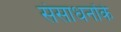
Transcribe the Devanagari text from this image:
संसाधनोंके